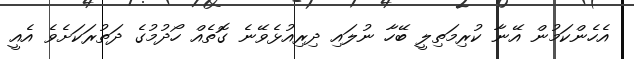
އެހެންކަމުން އޭނާ ކުރިމަތިލީ ބޭހާ ނުލައި ދިރިއުޅެވޭނެ ގޮތެއް ހޯދުމުގެ ދަތުރަކަށެވެ އެއީ